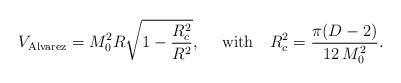
LaTeX: \begin{align*}V_{\rm Alvarez}=M_0^2 R \sqrt{1-\frac{R_c^2}{R^2}},~~~~{\rm with}~~~R_c^2=\frac{\pi(D-2)}{12\,M_0^2}.\end{align*}